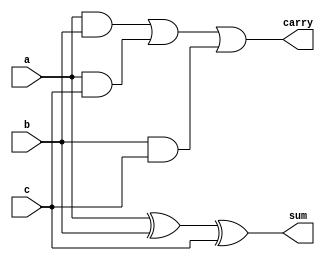
module FA(a,b,c,sum,carry);
input a,b,c;
output reg sum,carry;
always@(*)
 begin
  sum = a^b^c;
  carry = (a&b)|(a&c)|(b&c);
 end
 endmodule